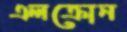
এলক্রোন